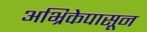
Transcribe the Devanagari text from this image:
अभ्रिकेपासून